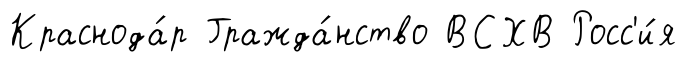
Краснода́р Гражда́нство ВСХВ Росс'и́я